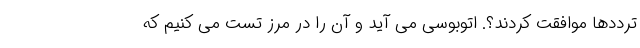
ترددها موافقت کردند؟. اتوبوسی می آید و آن را در مرز تست می کنیم که